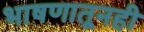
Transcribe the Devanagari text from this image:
भाषणातूनही